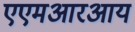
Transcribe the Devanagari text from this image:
एएमआरआय